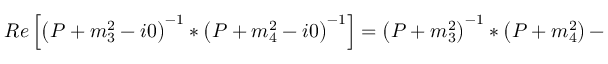
R e \left[ \left( P + m _ { 3 } ^ { 2 } - i 0 \right) ^ { - 1 } \ast \left( P + m _ { 4 } ^ { 2 } - i 0 \right) ^ { - 1 } \right] = \left( P + m _ { 3 } ^ { 2 } \right) ^ { - 1 } \ast \left( P + m _ { 4 } ^ { 2 } \right) -